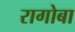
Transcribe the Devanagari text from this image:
रागोबा